Scottish Certificate of Education, 1963
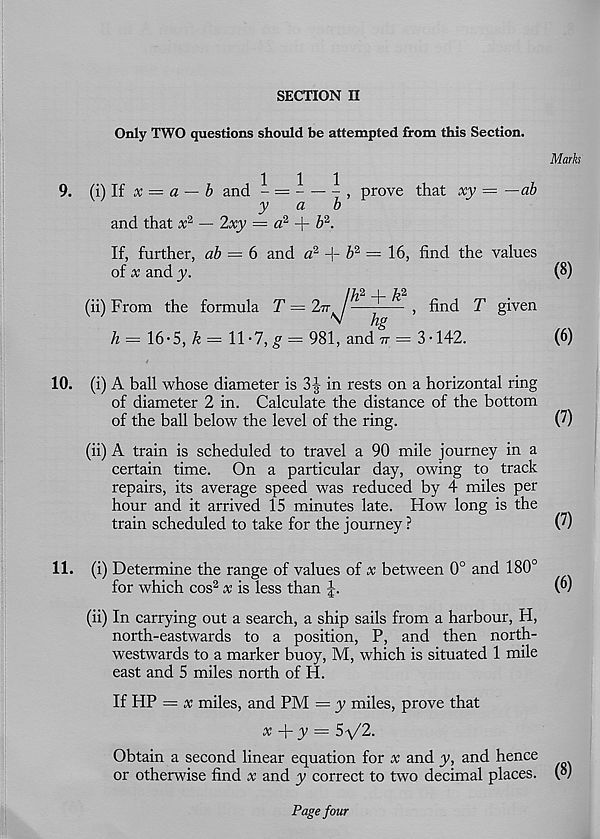
SECTION II
Only TWO questions should be attempted from this Section.
Mark
111
9. (i)lf x = a — b and - =
, prove that xy — —ab
y
ci
b
and that x 2 — 2xy = a 2 + £ 2 .
If, further, ab — 6 and a 2 + 6 2 = 16, find the values
of x and y.
(8)
(ii) From the formula T = 2tt
, find T given
^
hg
/* = 16• 5, & = 11 -7, £ = 981, and 77 = 3 • 142.
(6)
10. (i) A ball whose diameter is 31 in rests on a horizontal ring
of diameter 2 in. Calculate the distance of the bottom
of the ball below the level of the ring.
(7)
(ii) A train is scheduled to travel a 90 mile journey in a
certain time. On a particular day, owing to track
repairs, its average speed was reduced by 4 miles per
hour and it arrived 15 minutes late. How long is the
train scheduled to take for the journey ?
(7)
11. (i) Determine the range of values of x between 0° and 180°
for which cos 2 x is less than J.
(”)
(ii) In carrying out a search, a ship sails from a harbour, H,
north-eastwards to a position, P, and then north-
westwards to a marker buoy, M, which is situated 1 mile
east and 5 miles north of H.
If HP — x miles, and PM = y miles, prove that
x
y = 5 V2.
Obtain a second linear equation for x and y, and hence
or othemise find x and y correct to two decimal places. (°)
Page four